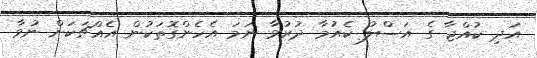
އަދި ކުއްޖާ ގެ އަސްލު ކެއުމާ ދުރުވާ ނަމަ އެހެންގޮތަކުން އެއްޗަކަށް ނުވާ